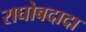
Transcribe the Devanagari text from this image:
राघोबदादा